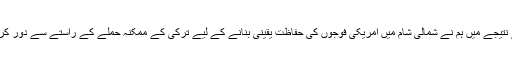
اس کے نتیجے میں ہم نے شمالی شام میں امریکی فوجوں کی حفاظت یقینی بنانے کے لیے ترکی کے ممکنہ حملے کے راستے سے دور کردیا ہے۔